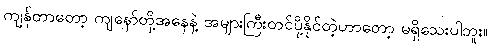
ကျန်တာတော့ ကျနော်တို့အနေနဲ့ အများကြီးတင်ပို့နိုင်တဲ့ဟာတော့ မရှိသေးပါဘူး။